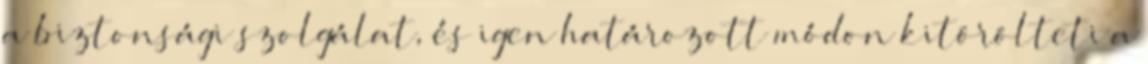
a biztonsági szolgálat, és igen határozott módon kitörölteti a